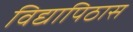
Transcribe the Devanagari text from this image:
विद्यापिठास